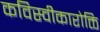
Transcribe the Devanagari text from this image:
कविस्वीकारोक्ति